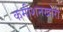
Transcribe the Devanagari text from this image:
कमीशनखोरी